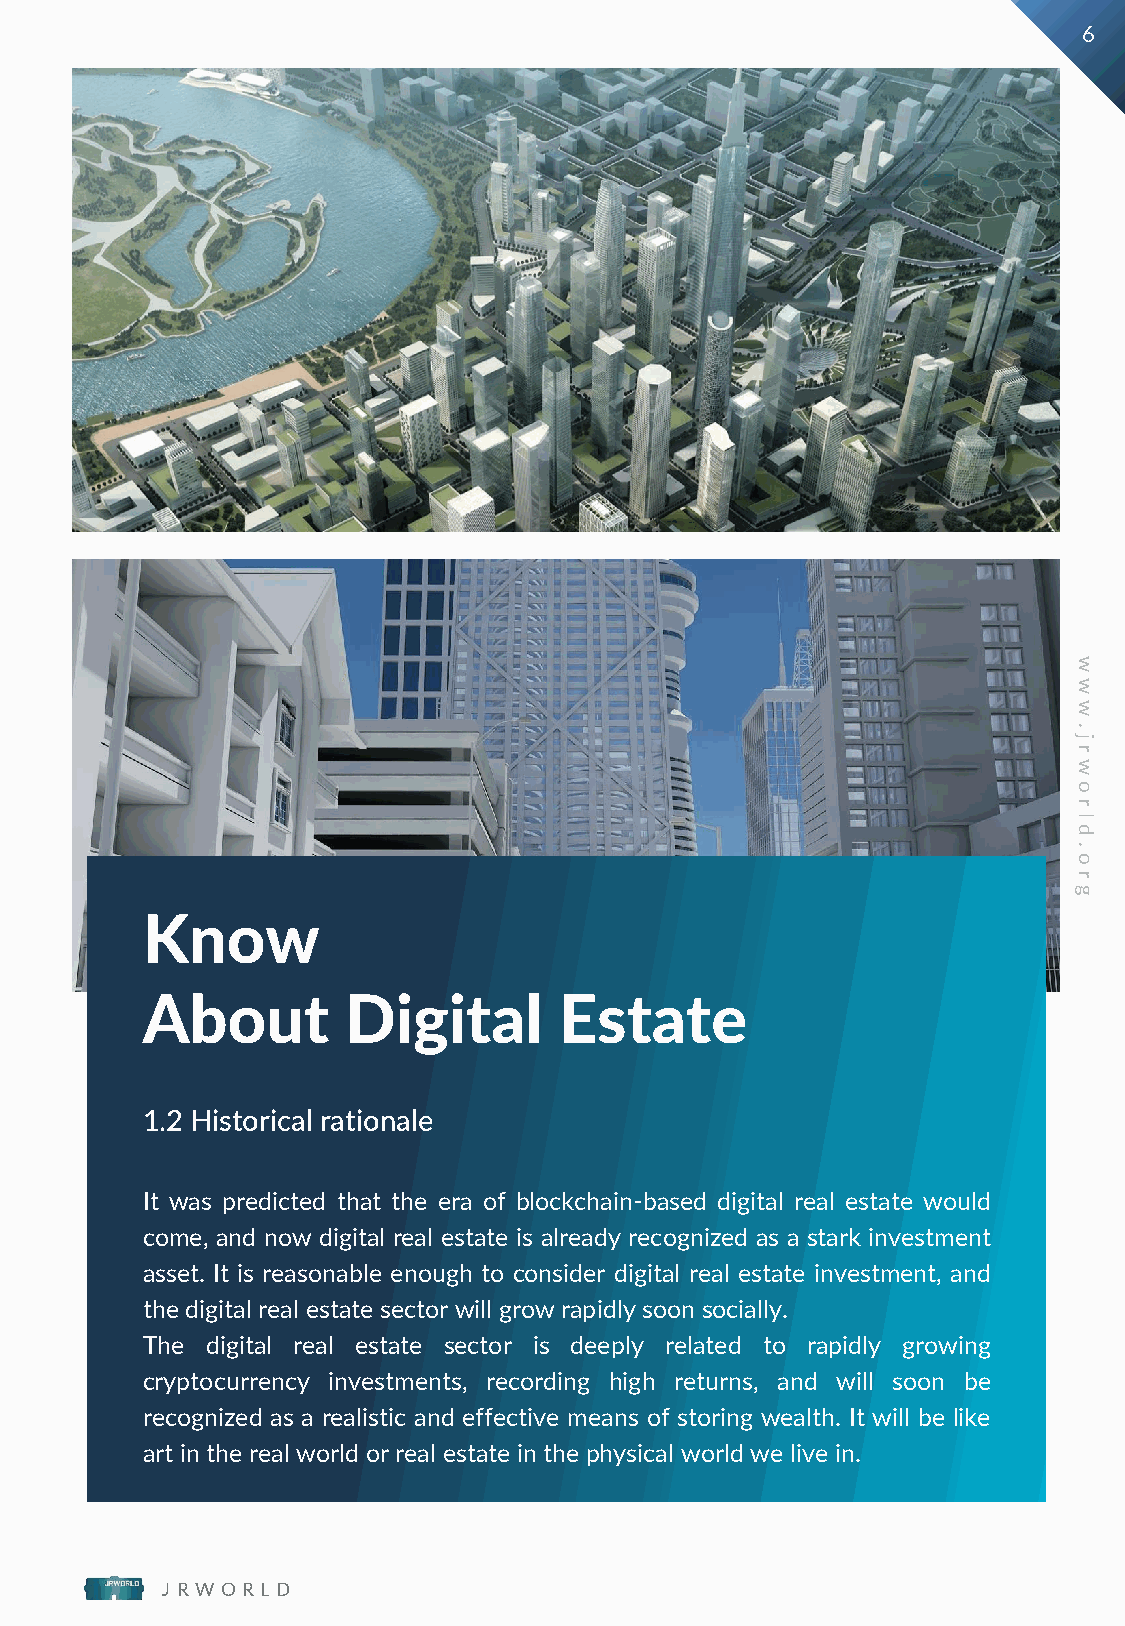
6
 w
 w
 w
 .
 j
 r
 w
 o
 r
 l
 d
 .
 o
 r
 g
 Know
 About         Digital       Estate
 1.2 Historical rationale
 It was predicted that the era of blockchain-based digital real estate would
 come, and now digital real estate is already recognized as a stark investment
 asset. It is reasonable enough to consider digital real estate investment, and
 the digital real estate sector will grow rapidly soon socially.
 The  digital real estate sector is deeply related to rapidly growing
 cryptocurrency investments, recording high returns, and will soon be
 recognized as a realistic and effective means of storing wealth. It will be like
 art in the real world orreal estate in the physical world we live in.
 J R W O R L D